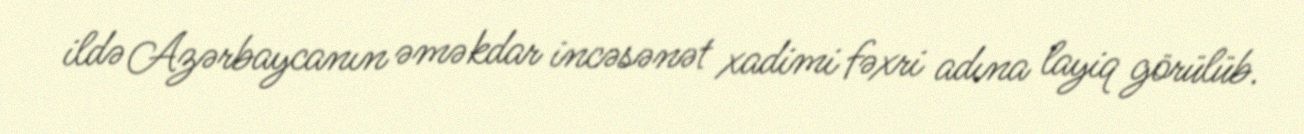
ildə Azərbaycanın əməkdar incəsənət xadimi fəxri adına layiq görülüb.